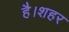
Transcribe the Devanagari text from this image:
है।शहर